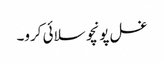
غسل پونچو سلائی کرو۔